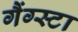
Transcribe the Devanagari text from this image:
गैंग्स्टा